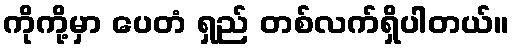
ကိုကို့မှာ ပေတံ ရှည် တစ်လက်ရှိပါတယ်။